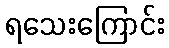
ရသေးကြောင်း